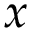
x